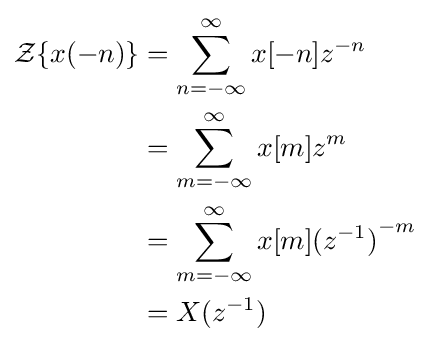
{\begin{aligned}{\mathcal {Z}}\{x(-n)\}&=\sum _{n=-\infty }^{\infty }x[-n]z^{-n}\\&=\sum _{m=-\infty }^{\infty }x[m]z^{m}\\&=\sum _{m=-\infty }^{\infty }x[m]{(z^{-1})}^{-m}\\&=X(z^{-1})\\\end{aligned}}